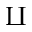
\amalg